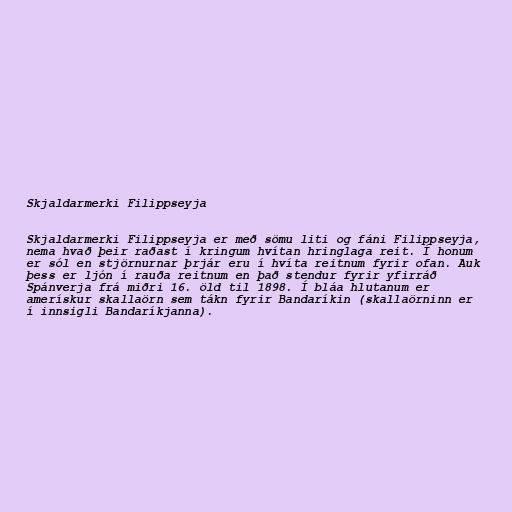
Skjaldarmerki Filippseyja

Skjaldarmerki Filippseyja er með sömu liti og fáni Filippseyja,
nema hvað þeir raðast í kringum hvítan hringlaga reit. Í honum
er sól en stjörnurnar þrjár eru í hvíta reitnum fyrir ofan. Auk
þess er ljón í rauða reitnum en það stendur fyrir yfirráð
Spánverja frá miðri 16. öld til 1898. Í bláa hlutanum er
amerískur skallaörn sem tákn fyrir Bandaríkin (skallaörninn er
í innsigli Bandaríkjanna).